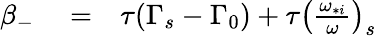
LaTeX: \begin{array}{rlr}{\beta_{-}}&{{}=}&{\tau(\Gamma_{s}-\Gamma_{0})+\tau\left(\frac{\omega_{*i}}{\omega}\right)_{s}}\end{array}